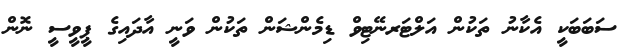
ސަބަބަކީ އެކާނު ތަކުން އަލްޓަރނޭޓިވް ޑިމެންޝަން ތަކުން ވަނީ އާދައިގެ ޕީވީސީ ނޮން